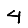
Digit: 4